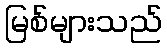
မြစ်များသည်